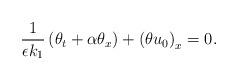
LaTeX: \begin{align*} \frac{1}{\epsilon k_{1}}\left(\theta_{t} + \alpha\theta_{x}\right) + \left(\theta u_{0}\right)_{x}=0.\end{align*}